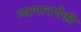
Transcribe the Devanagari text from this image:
व्यापारापैकी